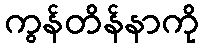
ကွန်တိန်နာကို